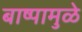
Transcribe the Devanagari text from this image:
बाष्पामुळे